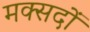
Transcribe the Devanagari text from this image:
मक्सदों